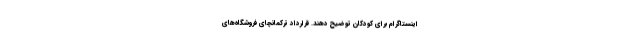
اینستاگرام برای کودکان توضیح دهند. قرارداد ترکمانچای فروشگاه‌های